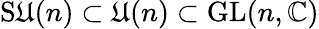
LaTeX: \operatorname{S\mathfrak{U}}(n)\subset\operatorname{\mathfrak{U}}(n)\subset\operatorname{GL}(n,\mathbb{{C}})